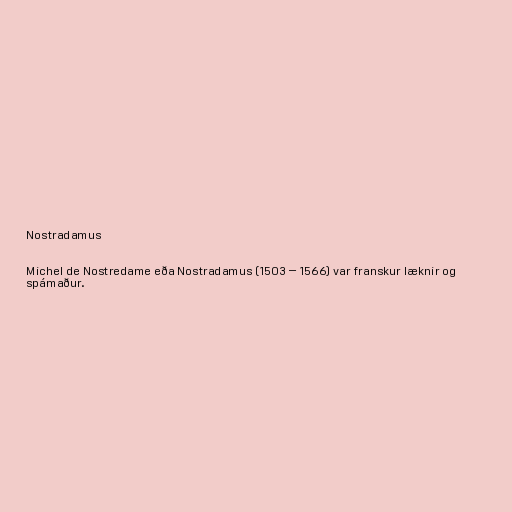
Nostradamus

Michel de Nostredame eða Nostradamus (1503 – 1566) var franskur læknir og
spámaður.